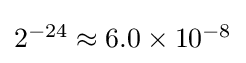
{\textstyle 2^{-24}\approx 6.0\times 10^{-8}}